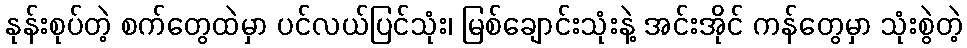
နုန်းစုပ်တဲ့ စက်တွေထဲမှာ ပင်လယ်ပြင်သုံး၊ မြစ်ချောင်းသုံးနဲ့ အင်းအိုင် ကန်တွေမှာ သုံးစွဲတဲ့